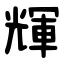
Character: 輝